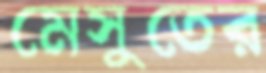
মেসুতের